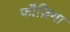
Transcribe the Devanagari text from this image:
फौज़िया